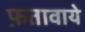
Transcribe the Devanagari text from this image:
फ़तावाये